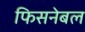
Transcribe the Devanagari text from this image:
फिसनेबल